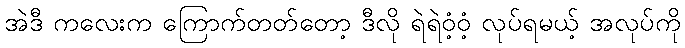
အဲဒီ ကလေးက ကြောက်တတ်တော့ ဒီလို ရဲရဲဝံ့ဝံ့ လုပ်ရမယ့် အလုပ်ကို